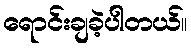
ရောင်းချခဲ့ပါတယ်။